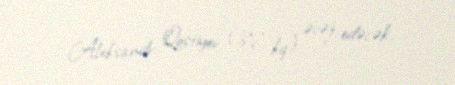
Aleksandr Qostiyev (87 kq) əvəz edəcək.